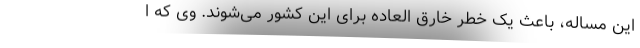
این مساله، باعث یک خطر خارق العاده برای این کشور می‌شوند. وی که ا